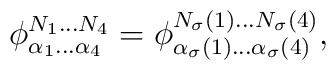
\phi^{N_1\ldots N_4}_{\alpha_1\ldots\alpha_4} =          \phi^{N_\sigma(1)\ldots          N_\sigma(4)}_{\alpha_\sigma(1)\ldots\alpha_\sigma(4)},